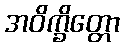
အဝိက္ခိတ္တော